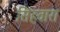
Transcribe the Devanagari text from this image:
सिंहवारा